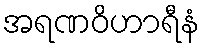
အရဏဝိဟာရီနံ